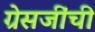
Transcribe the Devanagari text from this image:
ग्रेसजींची